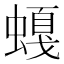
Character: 𲀁